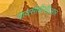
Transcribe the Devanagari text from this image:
वायसीबीसीआर